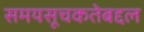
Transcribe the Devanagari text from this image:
समयसूचकतेबद्दल